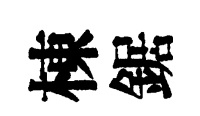
棟鋸